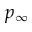
p _ { \infty }